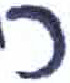
אות: כ